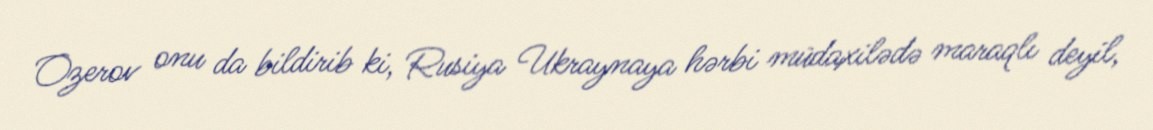
Ozerov onu da bildirib ki, Rusiya Ukraynaya hərbi müdaxilədə maraqlı deyil,